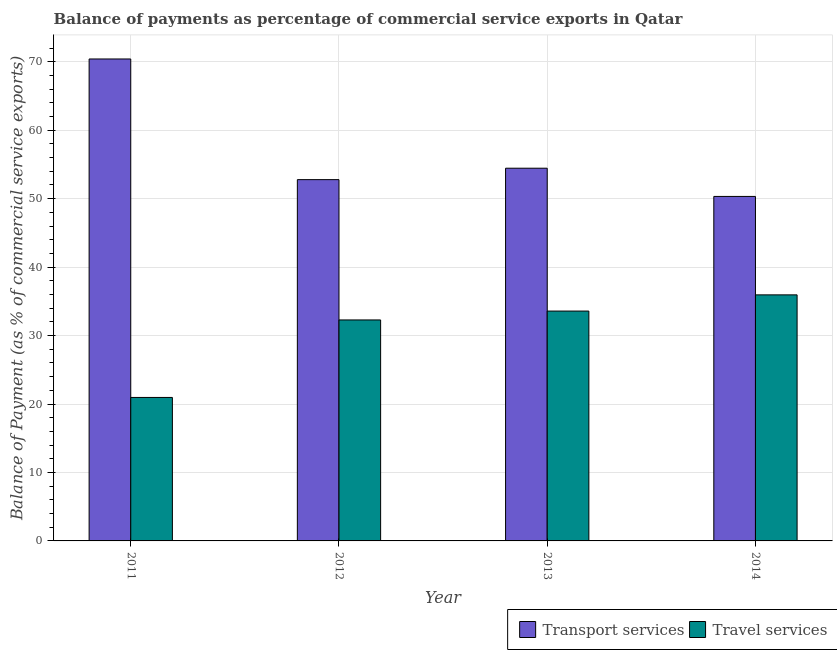
| Year | Transport services | Travel services |
 | --- | --- | --- |
 | 2011 | 70.4 | 21 |
 | 2012 | 52.8 | 32.3 |
 | 2013 | 54.4 | 33.6 |
 | 2014 | 50.3 | 35.9 |